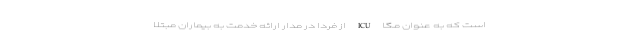
است که به عنوان مگا ICU از فردا در مدار ارائه خدمت به بیماران مبتلا